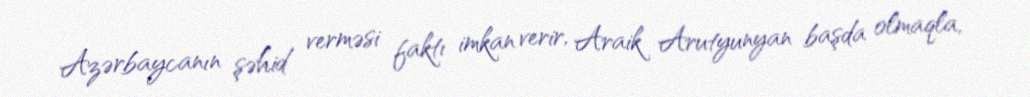
Azərbaycanın şəhid verməsi faktı imkan verir, Araik Arutyunyan başda olmaqla,